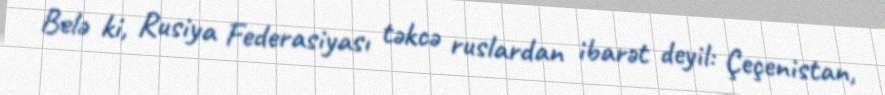
Belə ki, Rusiya Federasiyası təkcə ruslardan ibarət deyil: Çeçenistan,